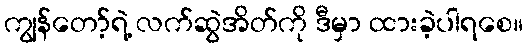
ကျွန်တော့်ရဲ့ လက်ဆွဲအိတ်ကို ဒီမှာ ထားခဲ့ပါရစေ။